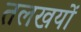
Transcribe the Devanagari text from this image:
तलखयों